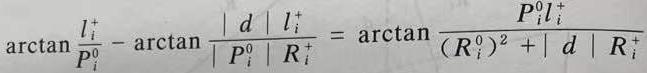
$\arctan \frac{l_{i}^{+}}{P_{i}^{0}}-\arctan \frac{|d| l_{i}^{+}}{\left|P_{i}^{0}\right| R_{i}^{+}}=\arctan \frac{P_{i}^{0} l_{i}^{+}}{\left(R_{i}^{0}\right)^{2}+|d| R_{i}^{+}}$